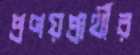
প্রণয়প্রার্থীর